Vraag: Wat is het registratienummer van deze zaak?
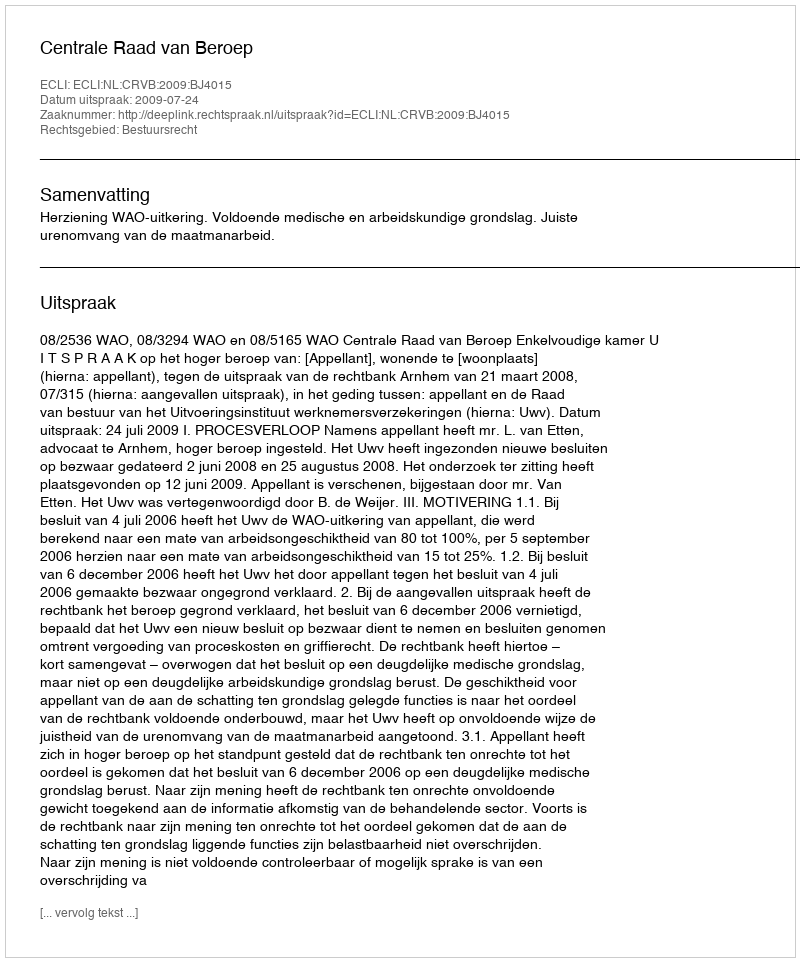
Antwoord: http://deeplink.rechtspraak.nl/uitspraak?id=ECLI:NL:CRVB:2009:BJ4015